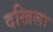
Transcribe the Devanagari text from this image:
दखिला